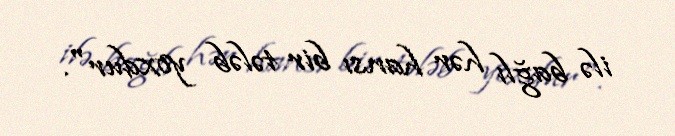
ilə bağlı hər hansı bir tələb yoxdur".